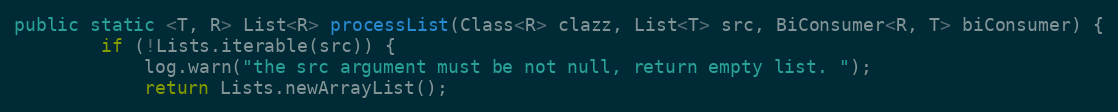
Language: Java
public static <T, R> List<R> processList(Class<R> clazz, List<T> src, BiConsumer<R, T> biConsumer) {
        if (!Lists.iterable(src)) {
            log.warn("the src argument must be not null, return empty list. ");
            return Lists.newArrayList();